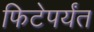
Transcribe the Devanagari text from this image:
फिटेपर्यंत